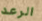
الرعد